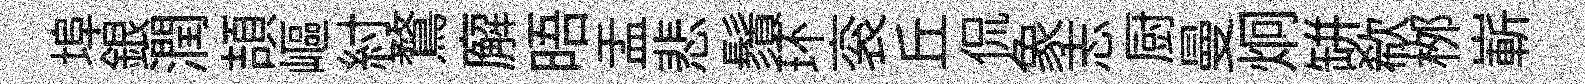
埠銀潤頡嶇紂鶩廨晤盂悲鬚环衮丘侃象志厨曼炯缾欷桞嶄